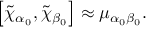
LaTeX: \left[ \tilde { \chi } _ { \alpha _ { 0 } } , \tilde { \chi } _ { \beta _ { 0 } } \right] \approx \mu _ { \alpha _ { 0 } \beta _ { 0 } } .